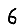
Digit: 6